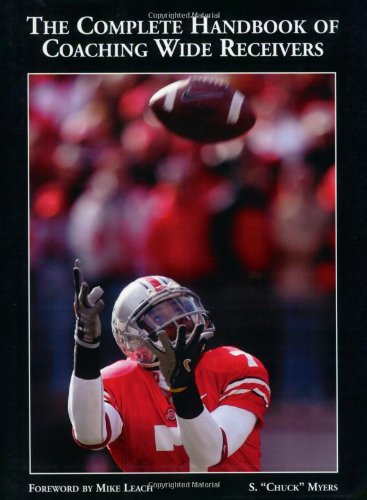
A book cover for The Complete Handbook of Coaching Wide Receivers: The Difference Is the Details; S. "Chuck" Myers; Sports & Outdoors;